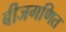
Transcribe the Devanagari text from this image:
बीजगणित